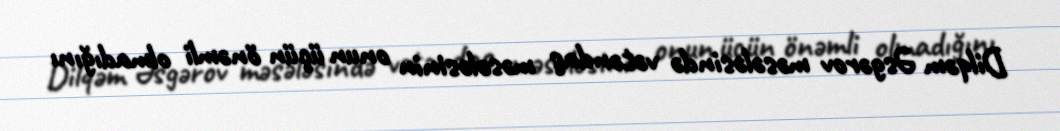
Dilqəm Əsgərov məsələsində vətəndaş məsələsinin onun üçün önəmli olmadığını